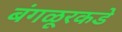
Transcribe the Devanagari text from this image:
बंगळूरकडे